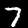
Digit: 7